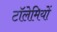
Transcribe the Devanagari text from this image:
टॉलेमियों